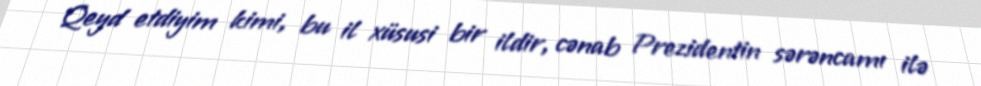
Qeyd etdiyim kimi, bu il xüsusi bir ildir, cənab Prezidentin sərəncamı ilə